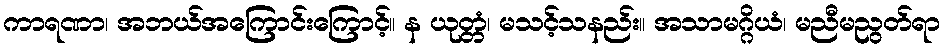
ကာရဏာ၊ အဘယ်အကြောင်းကြောင့်။ န ယုတ္တံ၊ မသင့်သနည်း။ အသာမဂ္ဂိယံ၊ မညီမညွတ်ရာ